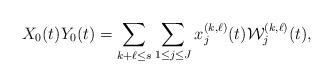
LaTeX: \begin{align*}X_0(t)Y_0(t)= \sum_{k+\ell\leq s}\sum_{1\leq j\leq J} x^{(k,\ell)}_j(t) \mathcal{W}^{(k,\ell)}_j(t),\end{align*}